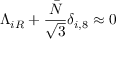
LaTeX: \Lambda _ { i R } + \frac { \bar { N } } { \sqrt 3 } \delta _ { i , 8 } \approx 0